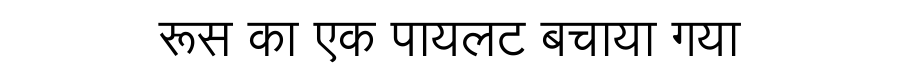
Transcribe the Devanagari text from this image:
रूस का एक पायलट बचाया गया